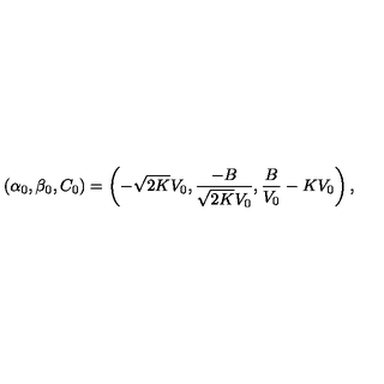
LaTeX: ( \alpha _ { 0 } , \beta _ { 0 } , C _ { 0 } ) = \left( - \sqrt { 2 K } V _ { 0 } , \frac { - B } { \sqrt { 2 K } V _ { 0 } } , \frac { B } { V _ { 0 } } - K V _ { 0 } \right) ,